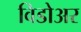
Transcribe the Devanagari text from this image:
विडोअर